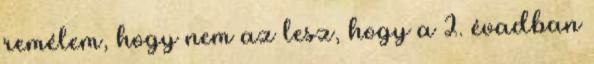
remélem, hogy nem az lesz, hogy a 2. évadban